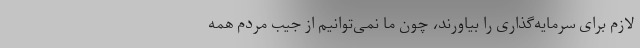
لازم برای سرمایه‌گذاری را بیاورند، چون ما نمی‌توانیم از جیب مردم همه